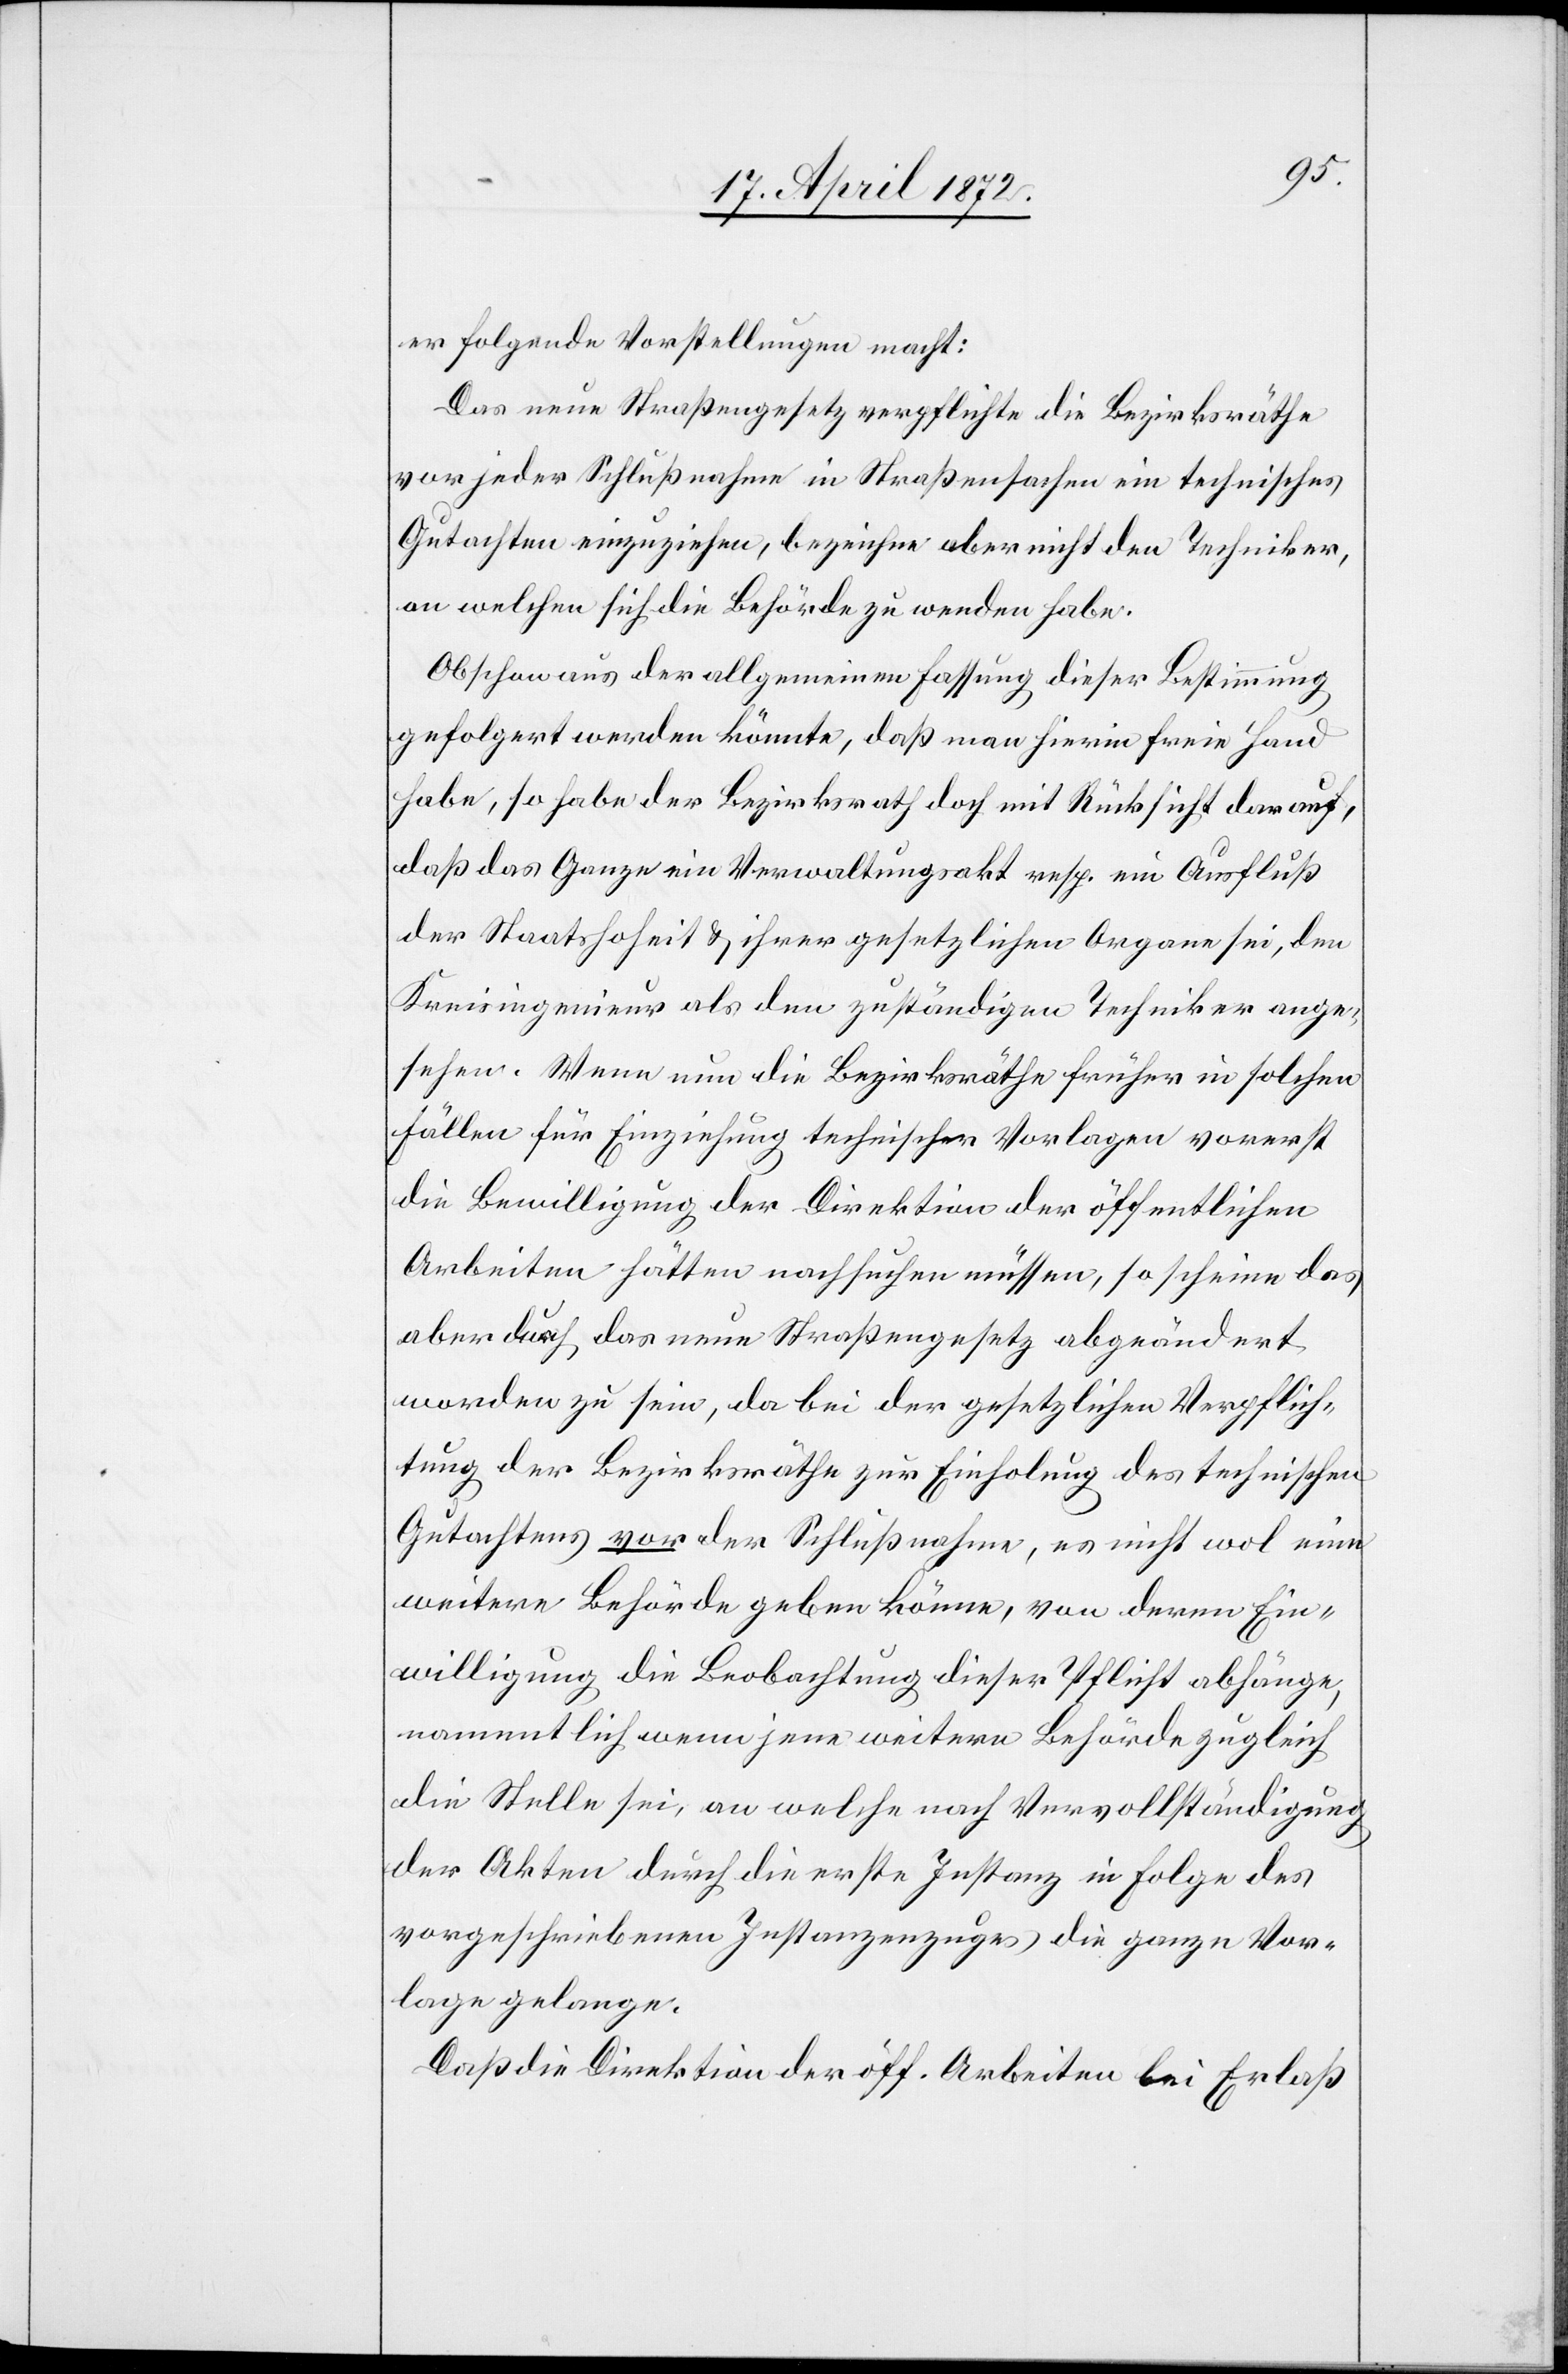
er folgende Vorstellungen macht:
Das neue Straßengesetz verpflichte die Bezirksräthe
vor jeder Schlußnahme in Straßensachen ein technisches
Gutachten einzuziehen, bezeichne aber nicht den Techniker,
an welchen sich die Behörde zu wenden habe.
Obschon aus der allgemeinen Fassung dieser Bestimmung
gefolgert werden könnte, daß man hierin freie Hand
habe, so habe der Bezirksrath doch mit Rücksicht darauf,
daß das Ganze ein Verwaltungsakt resp. ein Ausfluß
der Staatshoheit u. ihrer gesetzlichen Organe sei, den
Kreisingenieur als den zuständigen Techniker ange¬
sehen. Wenn nun die Bezirksräthe früher in solchen
Fällen für Einziehung technischer Vorlagen vorerst
die Bewilligung der Direktion der öffentlichen
Arbeiten hätten nachsuchen müssen, so scheine das
aber durch das neue Straßengesetz abgeändert
worden zu sein, da bei der gesetzlichen Verpflich¬
tung der Bezirksräthe zur Einholung des technischen
Gutachtens vor der Schlußnahme, es nicht wol eine
weitere Behörde geben könne, von deren Ein¬
willigung die Beobachtung dieser Pflicht abhänge,
namentlich wenn jene weitere Behörde zugleich
die Stelle sei, an welche nach Vervollständigung
der Akten durch die erste Instanz in Folge des
vorgeschriebenen Instanzenzuges die ganze Vor¬
lage gelange.
Daß die Direktion der öff. Arbeiten bei Erlaß